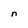
Character: n